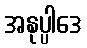
အနုပ္ပါဒေ